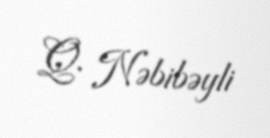
Q. Nəbibəyli